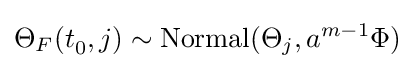
\Theta _{F}(t_{0}^{},j)\sim \mathrm {Normal} (\Theta _{j},a^{m-1}\Phi )